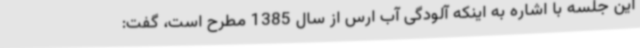
این جلسه با اشاره به اینکه آلودگی آب ارس از سال 1385 مطرح است، گفت: